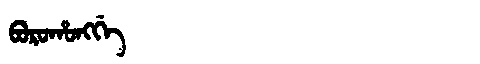
Manchu: ᠪᠣᡵᠣᡥᠣᠩᡤᡝ
Romanization: BOROHONGGE